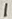
Text: 1